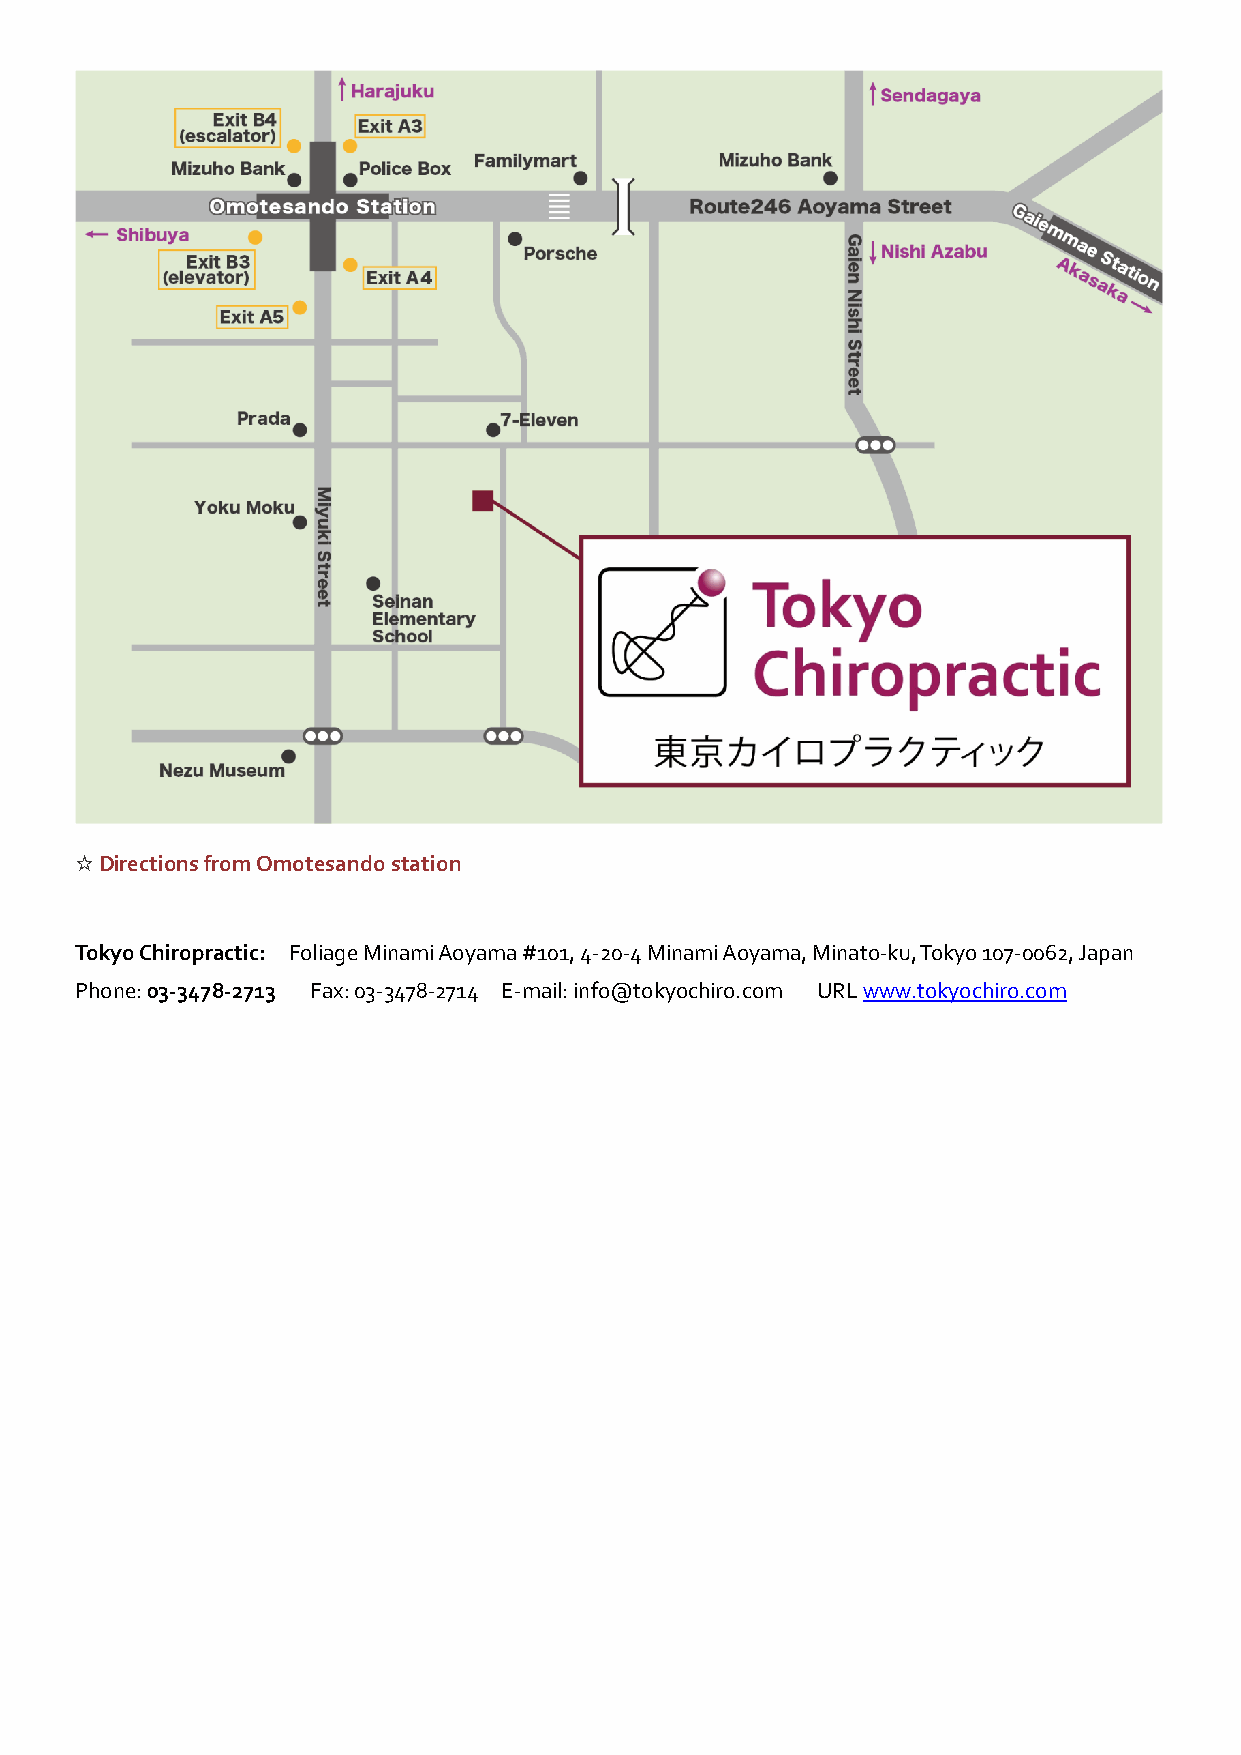
☆ Directions from Omotesando station
 Tokyo Chiropractic: Foliage Minami Aoyama #101, 4-20-4 Minami Aoyama, Minato-ku, Tokyo 107-0062, Japan
 Phone: 03-3478-2713 Fax: 03-3478-2714 E-mail: info@tokyochiro.com URL www.tokyochiro.com